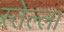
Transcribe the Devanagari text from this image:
स्तेल्ला